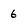
Character: 6